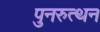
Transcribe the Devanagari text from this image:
पुनरुत्थन